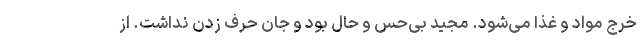
خرج مواد و غذا می‌شود. مجید بی‌حس و حال بود و جان حرف زدن نداشت. از